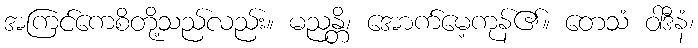
အကြင်ကေစိတို့သည်လည်း။ မညန္တိ၊ အောက်မေ့ကုန်၏။ တေသံ ဝါဒီနံ၊